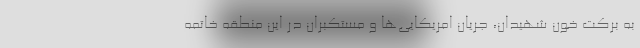
به برکت خون شهیدان، جریان امریکایی‌ها و مستکبران در این منطقه خاتمه